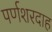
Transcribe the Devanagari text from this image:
पर्णशरदाह